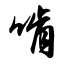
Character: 啃